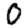
Digit: 0